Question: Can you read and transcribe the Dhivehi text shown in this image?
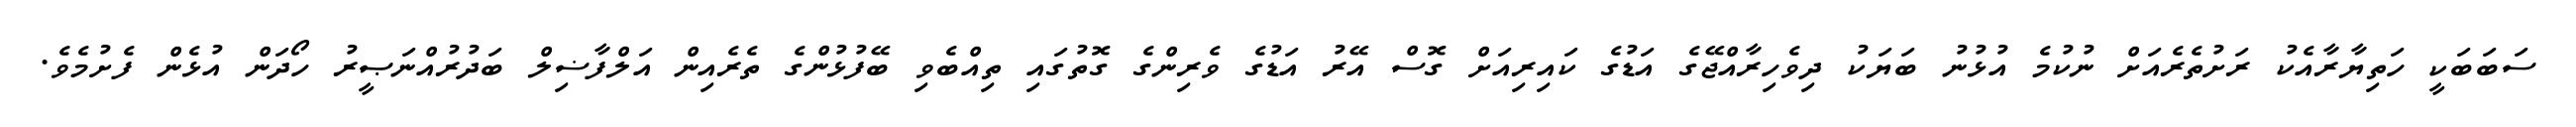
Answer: ސަބަބަކީ ހަތިޔާރާއެކު ރަށުތެރެއަށް ނުކުމެ އުޅުނު ބަޔަކު ދިވެހިރާއްޖޭގެ އަޑުގެ ކައިރިއަށް ގޮސް އޭރު އަޑުގެ ވެރިންގެ ގޮތުގައި ތިއްބެވި ބޭފުޅުންގެ ތެރެއިން އަލްފާޟިލް ބަދުރުއްނަޞީރު ހޯދަން އުޅެން ފެށުމެވެ.